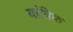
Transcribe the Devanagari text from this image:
यांत्रिक